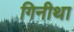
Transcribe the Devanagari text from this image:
गिनीथा